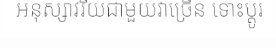
អនុស្សាវរីយជាមួយវាច្រើន ទោះប្តូរ